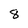
Character: 8